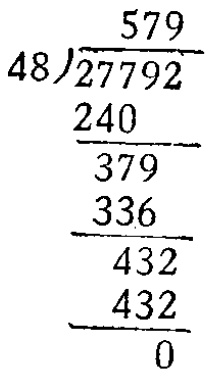
\[
\begin{array}{r}
579 \\
48\overline{)27792} \\
\underline{240} \\
379 \\
\underline{336} \\
432 \\
\underline{432} \\
0
\end{array}
\]